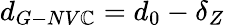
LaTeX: {d_{G-NV\mathbb{C}}}=d_{0}-\delta_{Z}